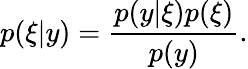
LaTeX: p(\xi|y)=\frac{p(y|\xi)p(\xi)}{p(y)}.